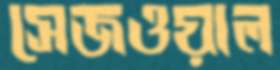
সেজওয়াল